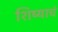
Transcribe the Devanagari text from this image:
शिष्याचं